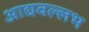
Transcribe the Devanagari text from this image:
आद्यवल्लभ